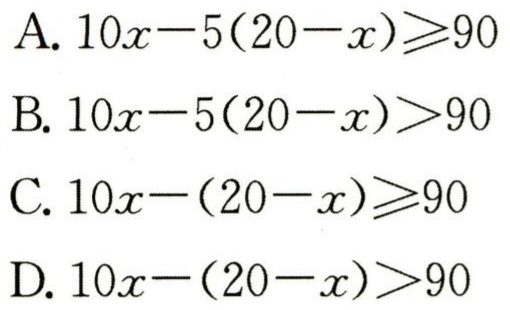
A. \(10x - 5(20 - x) \geq 90\)

B. \(10x - 5(20 - x) > 90\)

C. \(10x - (20 - x) \geq 90\)

D. \(10x - (20 - x) > 90\)